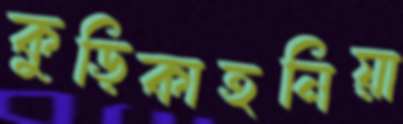
কুড়িকাহনিয়া